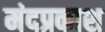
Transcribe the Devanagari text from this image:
मंदप्रकाश